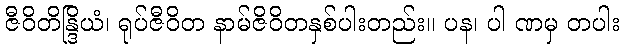
ဇီဝိတိန္ဒြိယံ၊ ရုပ်ဇီဝိတ နာမ်ဇိဝိတနှစ်ပါးတည်း။ ပန၊ ပါ ဏမှ တပါး